Annual report of the Central Committee of the Association together with the report of the directors of the Pasteur Institute at Kasauli
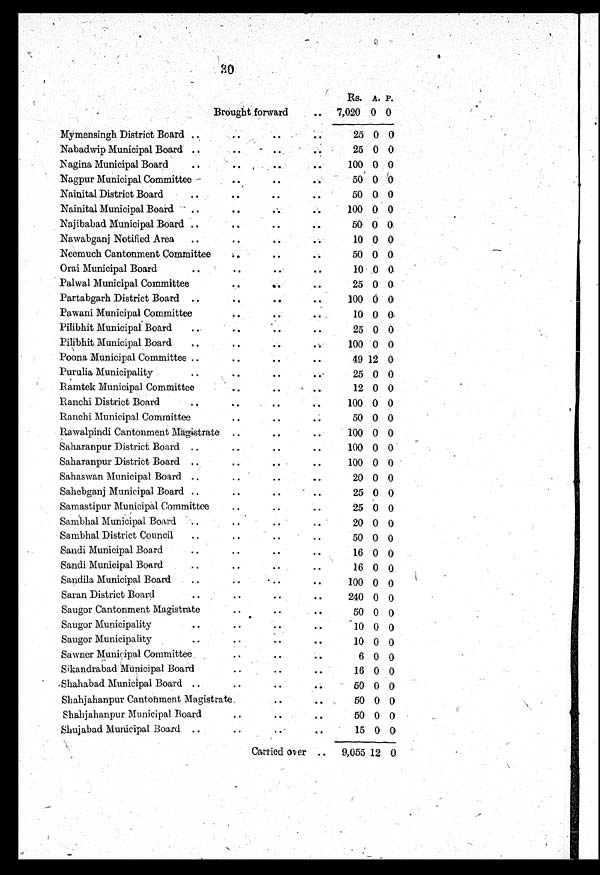
30
Rs. A. P.
Brought forward ..
7,020 0 0
Mymensingh District Board .. .. ..
25 0 0
Nabadwip Municipal Board .. .. ..
25 0 0
Nagina Municipal Board .. .. ..
100 0 0
Nagpur Municipal Committee .. ..
50 0 0
Nainital District Board .. .. ..
50
0 0
Nainital Municipal Board .. .. ..
100 0 0
Najibabad Municipal Board .. .. ..
50 0 0
Nawabganj Notified Area .. .. ..
10 0 0
Neemuch Cantonment Committee . . . . . .
50 0 0
Orai Municipal Board .. .. .. ..
10 0 0
Palwal Municipal Committee .. .. ..
25 0 0
Partabgarh District Board .. .. ..
100 0 0
Pawani Municipal Committee .. .. ..
10 0 0
Pilibhit Municipal Board .. .. ..
25 0 0
Pilibhit Municipal Board .. .. .. ..
100 0 0
Poona Municipal Committee .. .. ..
49 12 0
Purulia Municipality .. .. .. ..
25 0 0
Ramtek Municipal Committee .. .. .. ..
12 0 0
Ranchi District Board .. .. .. ..
100 0 0
Ranchi Municipal Committee .. .. .. ..
50 0 0
Rawalpindi Cantonment Magistrate .. .. .. ..
100 0 0
Saharanpur District Board .. .. .. ..
100 0 0
Saharanpur District Board .. .. ..
100 0 0
Sahaswan Municipal Board .. .. .. ..
20 0 0
Sahebganj Municipal Board .. .. ..
25 0 0
Samastipur Municipal Committee . .
. .
. .
25 0 0
Sambhal Municipal Board .. .. ..
20 0 0
Sambhal District Council .. .. ..
50 0 0
Sandi Municipal Board . .
. .
. .
. .
16 0 0
Sandi Municipal Board .. .. ..
16 0 0
Sandila Municipal Board .. .. .. ..
100 0 0
Saran District Board .. .. .. ..
240 0 0
Saugor Cantonment Magistrate .. .. ..
50 0 0
Saugor Municipality .. .. .. ..
10 0 0
Saugor Municipality .. .. .. ..
10 0 0
Sawner Municipal Committee .. .. ..
6 0 0
Sikandrabad Municipal Board .. .. ..
16 0 0
Shahabad Municipal Board .. .. .. ..
5 0 0 0
Shahjahanpur Cantonment Magistrate. .. ..
50 0 0
Shahjahanpur Municipal Board
. .
. .
50 0 0
Shujabad Municipal Board .. .. ..
15 0 0
Carried over
. . 9,055 12 0